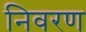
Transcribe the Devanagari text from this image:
निवरण